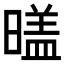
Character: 𣉼